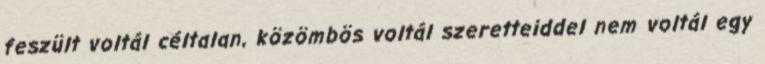
feszült voltál céltalan, közömbös voltál szeretteiddel nem voltál egy